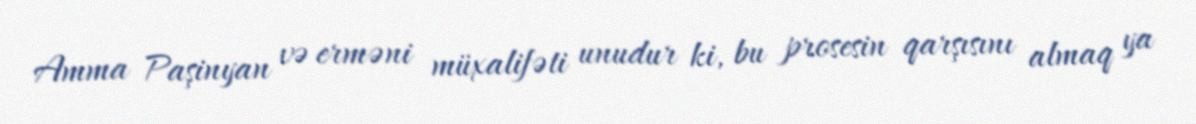
Amma Paşinyan və erməni müxalifəti unudur ki, bu prosesin qarşısını almaq ya